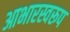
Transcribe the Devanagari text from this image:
आभारस्वरूप